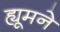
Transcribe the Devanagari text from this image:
ह्यूमने